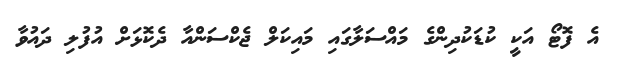
އެ ފޮޓޯ އަކީ ކުޑަކުދިންގެ މައްސަލާގައި މައިކަލް ޖެކްސަންއާ ދެކޮޅަށް އުފުލި ދައުވާ